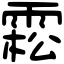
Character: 𩃭